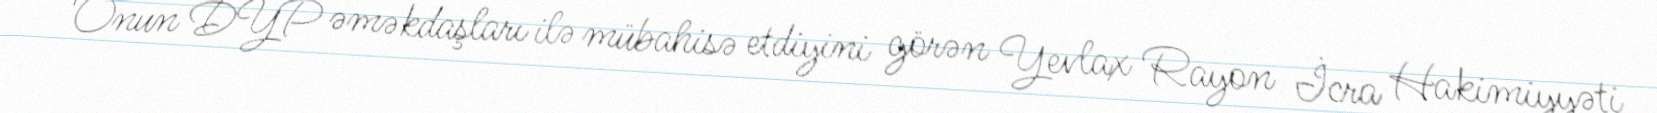
Onun DYP əməkdaşları ilə mübahisə etdiyini görən Yevlax Rayon İcra Hakimiyyəti